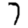
Digit: 7